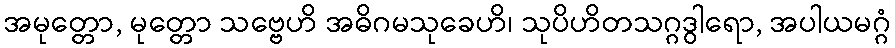
အမုတ္တော, မုတ္တော သဗ္ဗေဟိ အဓိဂမသုခေဟိ၊ သုပိဟိတသဂ္ဂဒွါရော, အပါယမဂ္ဂံ